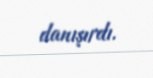
danışırdı.